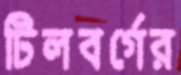
টিলবর্গের